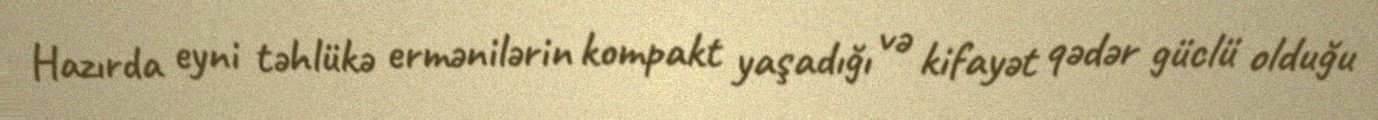
Hazırda eyni təhlükə ermənilərin kompakt yaşadığı və kifayət qədər güclü olduğu